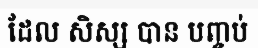
ដែល សិស្ស បាន បញ្ចប់